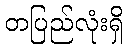
တပြည်လုံးရှိ